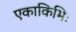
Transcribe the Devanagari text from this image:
एकाकिभिः